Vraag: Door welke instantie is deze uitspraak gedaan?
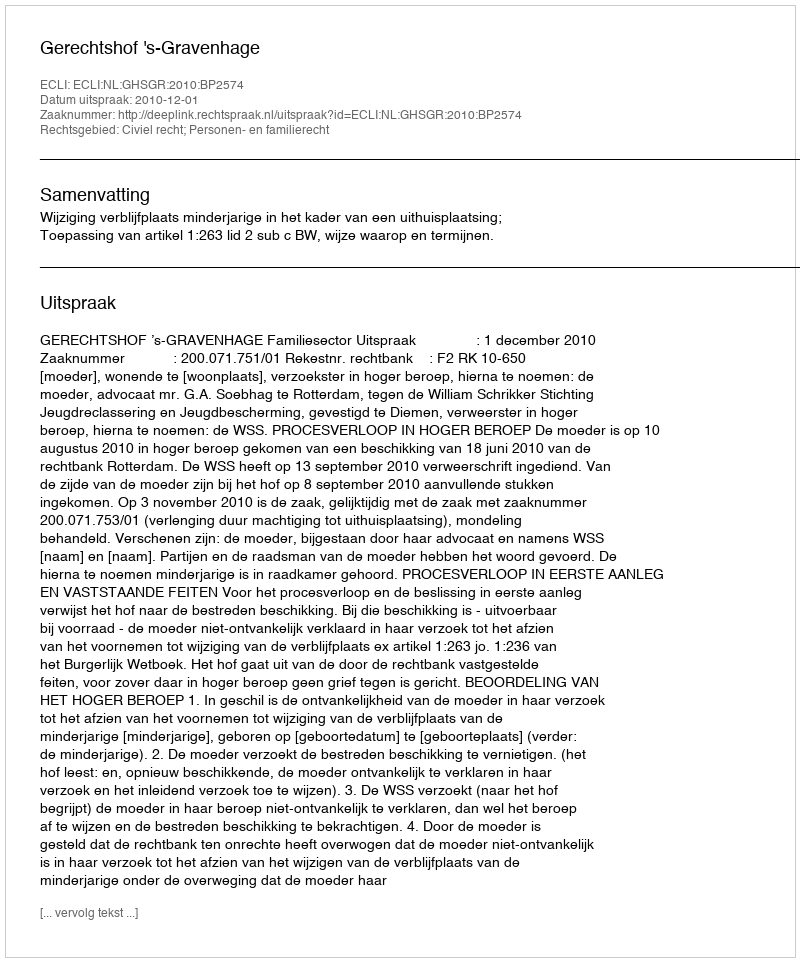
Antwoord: Gerechtshof 's-Gravenhage